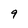
Character: 9